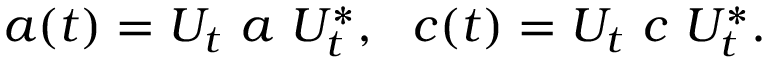
a ( t ) = U _ { t } ~ a ~ U _ { t } ^ { * } , ~ ~ c ( t ) = U _ { t } ~ c ~ U _ { t } ^ { * } .